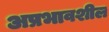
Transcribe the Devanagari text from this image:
अप्रभावशील